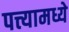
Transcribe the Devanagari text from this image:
पत्त्यामध्ये